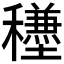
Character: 𥣺